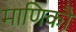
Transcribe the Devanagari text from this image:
माणिकौ